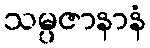
သမ္ပဇာနာနံ